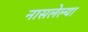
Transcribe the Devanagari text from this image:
नासलेल्या